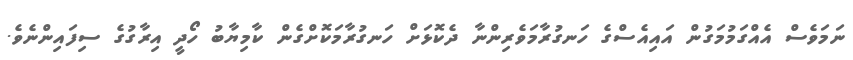
ނަމަވެސް އެއްގަމުމަގުން އައިއެސްގެ ހަނގުރާމަވެރިންނާ ދެކޮޅަށް ހަނގުރާމަކޮށްގެން ކާމިޔާބު ހޯދީ އިރާގުގެ ސިފައިންނެވެ.